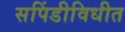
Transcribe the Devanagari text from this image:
सपिंडीविधीत